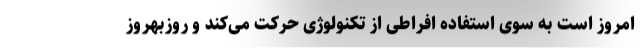
امروز است به سوی استفاده افراطی از تکنولوژی حرکت می‌کند و روزبهروز